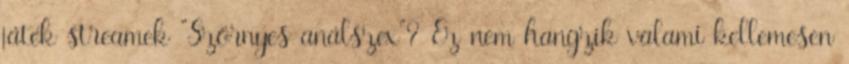
játék streamek "Szörnyes análszex"? Ez nem hangzik valami kellemesen